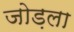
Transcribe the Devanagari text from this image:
जोड़ला